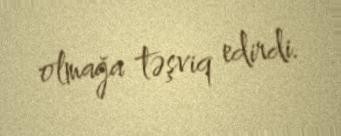
olmağa təşviq edirdi.